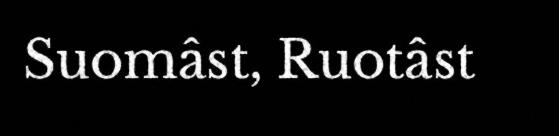
Suomâst, Ruotâst